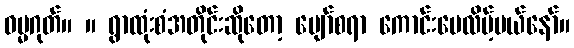
ဓမ္မဂုတ်။ ။ ရွာထုံးစံအတိုင်းဆိုတော့ ပျော်စရာ ကောင်းပေလိမ့်မယ်နော်။